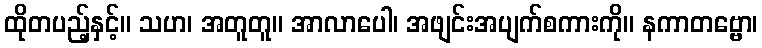
ထိုတပည့်နှင့်။ သဟ၊ အတူတူ။ အာလာပေါ၊ အဖျင်းအပျက်စကားကို။ နကာတဗ္ဗော၊